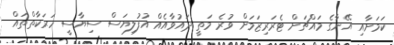
ކަމަށާއި އޭނާގެ މައްޗަށް ޓެރަރިޒަމަށް ވުރެ މަތީ ދައުވާއެއް އުފުލިޔަސް ސިޔާސީ ހަރަކާތްތައް